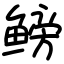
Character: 鳑